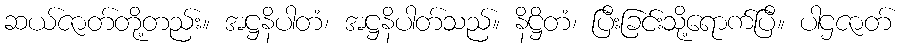
ဆယ်ဇာတ်တို့တည်း။ အဋ္ဌနိပါတံ၊ အဋ္ဌနိပါတ်သည်။ နိဋ္ဌိတံ၊ ပြီးခြင်းသို့ရောက်ပြီ။ ပါဌဇာတ်